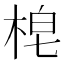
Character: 梍